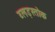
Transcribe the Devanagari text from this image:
ब्लड़स्तोक